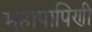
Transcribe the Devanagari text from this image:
महापापिणी